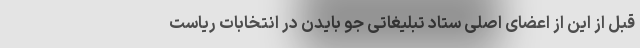
قبل از این از اعضای اصلی ستاد تبلیغاتی جو بایدن در انتخابات ریاست